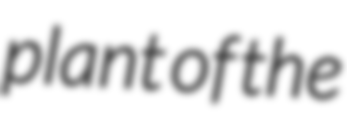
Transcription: plant of the